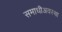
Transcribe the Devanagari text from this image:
समाधीअवस्था